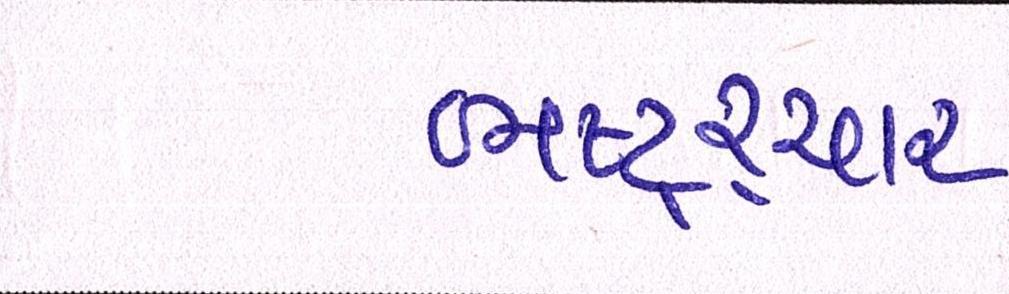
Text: ભષ્ટ્ર્ચાર